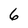
Character: 6